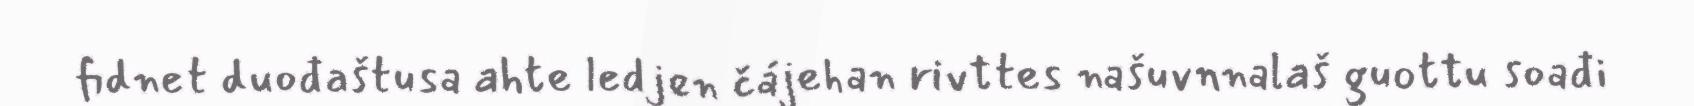
fidnet duođaštusa ahte ledjen čájehan rivttes našuvnnalaš guottu soađi